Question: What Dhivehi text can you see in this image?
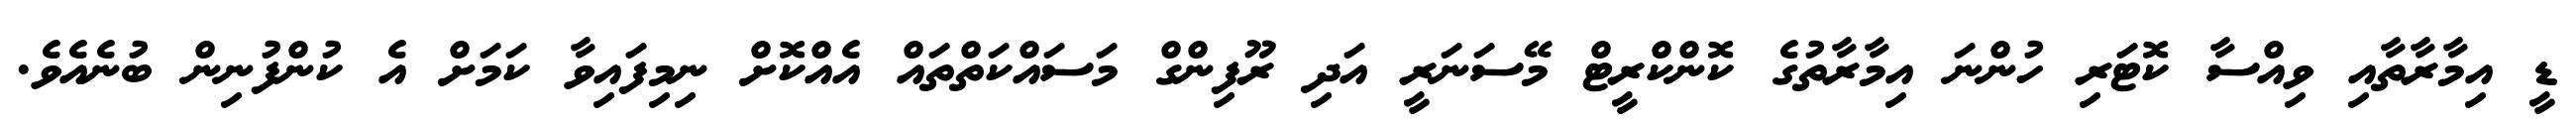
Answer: ޑީ އިމާރާތާއި ވިއްސާ ކޮޓަރި ހުންނަ އިމާރާތުގެ ކޮންކްރީޓް މޭސަނަރީ އަދި ރޫފިންގް މަސައްކަތްތައް އެއްކޮށް ނިމިފައިވާ ކަމަށް އެ ކުންފުނިން ބުނެއެވެ.